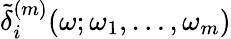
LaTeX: \tilde{\delta}_{i}^{(m)}(\omega;\omega_{1},\dots,\omega_{m})